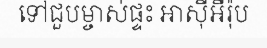
ទៅជួបម្ចាស់ផ្ទះ អាស៊ីអឺរ៉ុប